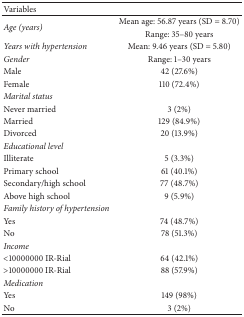
<table><thead><tr><td><b>Variables </b></td><td><b> </b></td></tr></thead><tbody><tr><td rowspan="2"><i>Age (years)</i></td><td>Mean age: 56.87 years (SD = 8.70)</td></tr><tr><td>Range: 35–80 years</td></tr><tr><td><i>Years with hypertension</i></td><td>Mean: 9.46 years (SD = 5.80)</td></tr><tr><td><i>Gender</i></td><td>Range: 1–30 years</td></tr><tr><td>Male</td><td>42 (27.6%)</td></tr><tr><td>Female</td><td>110 (72.4%)</td></tr><tr><td><i>Marital status</i></td><td> </td></tr><tr><td>Never married</td><td>3 (2%)</td></tr><tr><td>Married</td><td>129 (84.9%)</td></tr><tr><td>Divorced</td><td>20 (13.9%)</td></tr><tr><td><i>Educational level</i></td><td> </td></tr><tr><td>Illiterate</td><td>5 (3.3%)</td></tr><tr><td>Primary school</td><td>61 (40.1%)</td></tr><tr><td>Secondary/high school</td><td>77 (48.7%)</td></tr><tr><td>Above high school</td><td>9 (5.9%)</td></tr><tr><td><i>Family history of hypertension</i></td><td> </td></tr><tr><td>Yes</td><td>74 (48.7%)</td></tr><tr><td>No</td><td>78 (51.3%)</td></tr><tr><td><i>Income</i></td><td> </td></tr><tr><td>&lt;10000000 IR-Rial</td><td>64 (42.1%)</td></tr><tr><td>&gt;10000000 IR-Rial</td><td>88 (57.9%)</td></tr><tr><td><i>Medication </i></td><td> </td></tr><tr><td>Yes</td><td>149 (98%)</td></tr><tr><td>No</td><td>3 (2%)</td></tr></tbody></table>